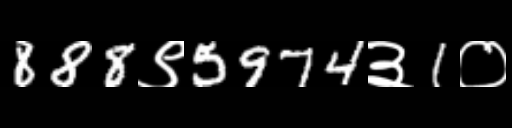
Text: 888९5974३1०